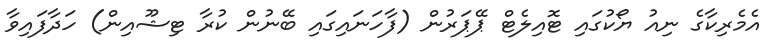
އެމެރިކާގެ ނިއު ޔޯކުގައި ޓޮއިލެޓް ޕޭޕަރުން (ފާހަނައިގައި ބޭނުން ކުރާ ޓިޝޫއިން) ހަދާފައިވާ